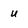
Character: u